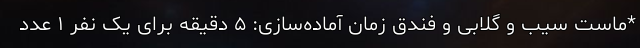
*ماست سیب و گلابی و فندق زمان آماده‌سازی: ۵ دقیقه برای یک نفر ۱ عدد